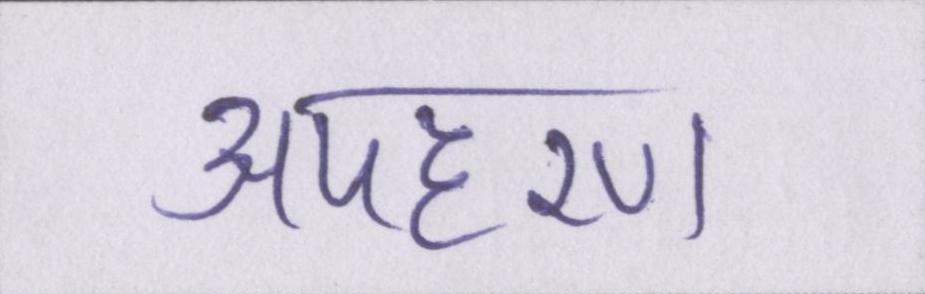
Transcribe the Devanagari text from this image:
अपहरण